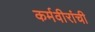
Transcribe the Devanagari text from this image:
कर्मवीरांची